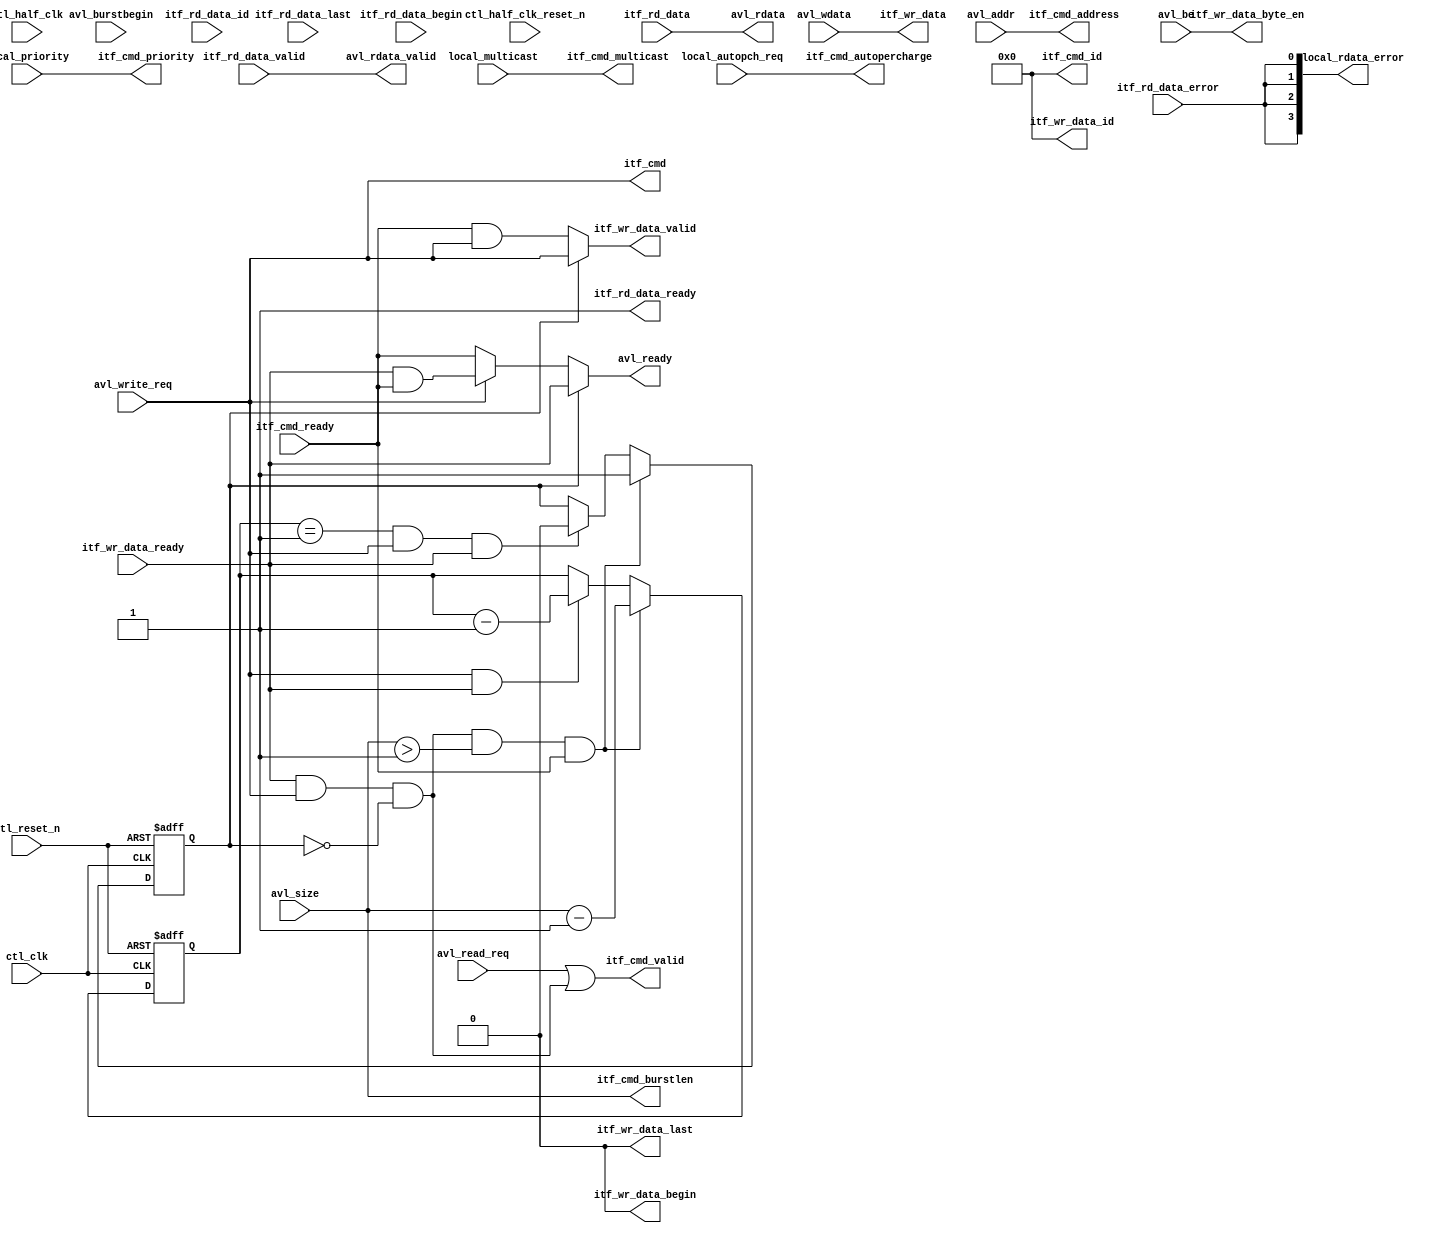
// (C) 2001-2018 Intel Corporation. All rights reserved.
// Your use of Intel Corporation's design tools, logic functions and other 
// software and tools, and its AMPP partner logic functions, and any output 
// files from any of the foregoing (including device programming or simulation 
// files), and any associated documentation or information are expressly subject 
// to the terms and conditions of the Intel Program License Subscription 
// Agreement, Intel FPGA IP License Agreement, or other applicable 
// license agreement, including, without limitation, that your use is for the 
// sole purpose of programming logic devices manufactured by Intel and sold by 
// Intel or its authorized distributors.  Please refer to the applicable 
// agreement for further details.


///////////////////////////////////////////////////////////////////////////////
// Title         : alt_mem_ddrx_mm_st_converter
//
//
// Abstract      : take in Avalon MM interface and convert it to single cmd and 
//                 multiple data Avalon ST
//
///////////////////////////////////////////////////////////////////////////////

`timescale 1 ps / 1 ps

module alt_mem_ddrx_mm_st_converter # (
    parameter
        AVL_SIZE_WIDTH     = 3,
        AVL_ADDR_WIDTH     = 25,
        AVL_DATA_WIDTH     = 32,
        LOCAL_ID_WIDTH     = 8,
        CFG_DWIDTH_RATIO   = 4,
        CFG_MM_ST_CONV_REG = 0
    )
    (
        
        ctl_clk, // controller clock
        ctl_reset_n, // controller reset_n, synchronous to ctl_clk
        
        ctl_half_clk, // controller clock, half-rate 
        ctl_half_clk_reset_n, // controller reset_n, synchronous to ctl_half_clk 
        
        // Avalon data slave interface
        avl_ready, // Avalon wait_n
        avl_read_req, // Avalon read 
        avl_write_req, // Avalon write
        avl_size, // Avalon burstcount
        avl_burstbegin, // Avalon burstbegin
        avl_addr, // Avalon address 
        avl_rdata_valid, // Avalon readdata_valid
        avl_rdata, // Avalon readdata
        avl_wdata, // Avalon writedata
        avl_be, // Avalon byteenble
        
        local_rdata_error, // Avalon readdata_error
        local_multicast, // In-band multicast
        local_autopch_req, // In-band auto-precharge request signal 
        local_priority, // In-band priority signal
        
        // cmd channel
        itf_cmd_ready,
        itf_cmd_valid,
        itf_cmd,
        itf_cmd_address,
        itf_cmd_burstlen,
        itf_cmd_id,
        itf_cmd_priority,
        itf_cmd_autopercharge,
        itf_cmd_multicast,
    
        // write data channel
        itf_wr_data_ready,
        itf_wr_data_valid,
        itf_wr_data,
        itf_wr_data_byte_en,
        itf_wr_data_begin,
        itf_wr_data_last,
        itf_wr_data_id,
        
        // read data channel
        itf_rd_data_ready,
        itf_rd_data_valid,
        itf_rd_data,
        itf_rd_data_error,
        itf_rd_data_begin,
        itf_rd_data_last,
        itf_rd_data_id
);
    localparam AVL_BE_WIDTH = AVL_DATA_WIDTH / 8;
    
    input ctl_clk;
    input ctl_reset_n;
    
    input ctl_half_clk;
    input ctl_half_clk_reset_n;
    
    output                      avl_ready;
    input                       avl_read_req;
    input                       avl_write_req;
    input  [AVL_SIZE_WIDTH-1:0] avl_size;
    input                       avl_burstbegin;
    input  [AVL_ADDR_WIDTH-1:0] avl_addr;
    output                      avl_rdata_valid;
    output [3:0]                local_rdata_error;
    output [AVL_DATA_WIDTH-1:0] avl_rdata;
    input  [AVL_DATA_WIDTH-1:0] avl_wdata;
    input  [AVL_BE_WIDTH-1:0]   avl_be;
    
    input local_multicast;
    input local_autopch_req;
    input local_priority;
    
    input                       itf_cmd_ready;
    output                      itf_cmd_valid;
    output                      itf_cmd;
    output [AVL_ADDR_WIDTH-1:0] itf_cmd_address;
    output [AVL_SIZE_WIDTH-1:0] itf_cmd_burstlen;
    output [LOCAL_ID_WIDTH-1:0] itf_cmd_id;
    output                      itf_cmd_priority;
    output                      itf_cmd_autopercharge;
    output                      itf_cmd_multicast;
    
    input                       itf_wr_data_ready;
    output                      itf_wr_data_valid;
    output [AVL_DATA_WIDTH-1:0] itf_wr_data;
    output [AVL_BE_WIDTH-1:0]   itf_wr_data_byte_en;
    output                      itf_wr_data_begin;
    output                      itf_wr_data_last;
    output [LOCAL_ID_WIDTH-1:0] itf_wr_data_id;
    
    output                     itf_rd_data_ready;
    input                      itf_rd_data_valid;
    input [AVL_DATA_WIDTH-1:0] itf_rd_data;
    input                      itf_rd_data_error;
    input                      itf_rd_data_begin;
    input                      itf_rd_data_last;
    input [LOCAL_ID_WIDTH-1:0] itf_rd_data_id;
    
    reg   [AVL_SIZE_WIDTH-1:0] burst_count;
    
    wire                       int_ready;
    wire                       itf_cmd; // high is write
    wire                       itf_wr_if_ready;
    wire  [LOCAL_ID_WIDTH-1:0] itf_cmd_id;
    wire                       itf_wr_data_begin;
    wire                       itf_wr_data_last;
    wire  [LOCAL_ID_WIDTH-1:0] itf_wr_data_id;
    reg                        data_pass;
    reg   [AVL_SIZE_WIDTH-1:0] burst_counter;
    
    reg                          avl_read_req_reg;
    reg                          avl_write_req_reg;
    reg   [AVL_SIZE_WIDTH-1:0]   avl_size_reg;
    reg   [AVL_ADDR_WIDTH-1:0]   avl_addr_reg;
    reg   [AVL_DATA_WIDTH-1:0]   avl_wdata_reg;
    reg   [AVL_DATA_WIDTH/8-1:0] avl_be_reg;
    
    reg                          itf_rd_data_valid_reg;
    reg   [AVL_DATA_WIDTH-1:0]   itf_rd_data_reg;
    reg   [3:0]                  itf_rd_data_error_reg;
    
    reg                          local_multicast_reg;
    reg                          local_autopch_req_reg;
    reg                          local_priority_reg;
    
    generate
        if (CFG_MM_ST_CONV_REG == 1)
        begin
            always @ (posedge ctl_clk or negedge ctl_reset_n)
            begin
                if (!ctl_reset_n)
                begin
                    avl_read_req_reg            <= 1'b0;
                    avl_write_req_reg           <= 1'b0;
                    avl_size_reg                <= {AVL_SIZE_WIDTH{1'b0}};
                    avl_addr_reg                <= {AVL_ADDR_WIDTH{1'b0}};
                    avl_wdata_reg               <= {AVL_DATA_WIDTH{1'b0}};
                    avl_be_reg                  <= {AVL_BE_WIDTH{1'b0}};
                    itf_rd_data_valid_reg       <= 1'b0;
                    itf_rd_data_reg             <= {AVL_DATA_WIDTH{1'b0}};
                    itf_rd_data_error_reg       <= 4'b0;
                    local_multicast_reg         <= 1'b0;
                    local_autopch_req_reg       <= 1'b0;
                    local_priority_reg          <= 1'b0;
                end else
                begin
                    if (int_ready)
                    begin
                        avl_read_req_reg        <= avl_read_req;
                        avl_write_req_reg       <= avl_write_req;
                        avl_size_reg            <= avl_size;
                        avl_addr_reg            <= avl_addr;
                        avl_wdata_reg           <= avl_wdata;
                        avl_be_reg              <= avl_be;
                        local_multicast_reg     <= local_multicast;
                        local_autopch_req_reg   <= local_autopch_req;
                        local_priority_reg      <= local_priority;
                    end
                        itf_rd_data_valid_reg   <= itf_rd_data_valid;
                        itf_rd_data_reg         <= itf_rd_data;
                        itf_rd_data_error_reg   <= itf_rd_data_error;
                end
            end
        end else 
        begin
            always @ (*)
            begin
                avl_read_req_reg            = avl_read_req;
                avl_write_req_reg           = avl_write_req;
                avl_size_reg                = avl_size;
                avl_addr_reg                = avl_addr;
                avl_wdata_reg               = avl_wdata;
                avl_be_reg                  = avl_be;
                itf_rd_data_valid_reg       = itf_rd_data_valid;
                itf_rd_data_reg             = itf_rd_data;
                itf_rd_data_error_reg       = {4{itf_rd_data_error}};
                local_multicast_reg         = local_multicast;
                local_autopch_req_reg       = local_autopch_req;
                local_priority_reg          = local_priority;
            end
        end
    endgenerate
    
    // when cmd_ready = 1'b1, avl_ready = 1'b1;
    // when avl_write_req = 1'b1,
    // take this write req and then then drive avl_ready until receive # of beats = avl_size? 
    // we will look at cmd_ready, if cmd_ready = 1'b0, avl_ready = 1'b0
    // when cmd_ready = 1'b1, avl_ready = 1'b1;
    // when local_ready_req = 1'b1,
    // take this read_req
    // we will look at cmd_ready, if cmd_ready = 1'b0, avl_ready = 1'b0

    assign itf_cmd_valid = avl_read_req_reg | itf_wr_if_ready;

    assign itf_wr_if_ready = itf_wr_data_ready & avl_write_req_reg & ~data_pass;
    
    assign avl_ready = int_ready;
    assign itf_rd_data_ready = 1'b1;
    assign itf_cmd_address = avl_addr_reg ;
    assign itf_cmd_burstlen = avl_size_reg ;
    assign itf_cmd_autopercharge = local_autopch_req_reg ;
    assign itf_cmd_priority = local_priority_reg ;
    assign itf_cmd_multicast = local_multicast_reg ;
    assign itf_cmd = avl_write_req_reg;

    assign itf_cmd_id = {LOCAL_ID_WIDTH{1'b0}};
    assign itf_wr_data_begin = 1'b0;
    assign itf_wr_data_last = 1'b0;
    assign itf_wr_data_id = {LOCAL_ID_WIDTH{1'b0}};
    
    // write data channel
    assign itf_wr_data_valid = (data_pass) ? avl_write_req_reg : itf_cmd_ready & avl_write_req_reg;
    assign itf_wr_data = avl_wdata_reg ;
    assign itf_wr_data_byte_en = avl_be_reg ;
             
    // read data channel
    assign avl_rdata_valid = itf_rd_data_valid_reg;
    assign avl_rdata =  itf_rd_data_reg;
    assign local_rdata_error = itf_rd_data_error_reg;
    
    assign int_ready = (data_pass) ? itf_wr_data_ready : ((itf_cmd) ? (itf_wr_data_ready & itf_cmd_ready) : itf_cmd_ready);
    
    always @(posedge ctl_clk, negedge ctl_reset_n)
        begin
            if (!ctl_reset_n)
                burst_counter  <=  {AVL_SIZE_WIDTH{1'b0}};
            else
                begin
                    if (itf_wr_if_ready && avl_size_reg > 1 && itf_cmd_ready)
                        burst_counter   <=  avl_size_reg - 1'b1;
                    else if (avl_write_req_reg && itf_wr_data_ready)
                        burst_counter   <=  burst_counter - 1'b1;
                end
        end
    
    always @(posedge ctl_clk, negedge ctl_reset_n)
        begin
            if (!ctl_reset_n)
                data_pass  <=  1'b0;
            else
                begin
                    if (itf_wr_if_ready && avl_size_reg > 1 && itf_cmd_ready)
                        data_pass  <=  1'b1;
                    else if (burst_counter == 1 && avl_write_req_reg && itf_wr_data_ready)
                        data_pass  <=  1'b0;
                end
        end
        
endmodule